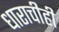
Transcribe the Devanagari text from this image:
धाराचीही